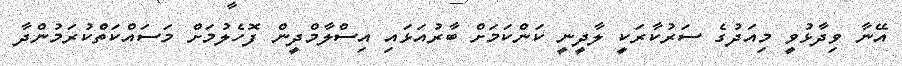
އޭނާ ވިދާޅުވީ މިއަދުގެ ސަރުކާރަކީ ލާދީނީ ކަންކަމަށް ބާރުއަޅައި އިސްލާމްދީން ފޮހެލުމަށް މަސައްކަތްކުރަމުންދާ